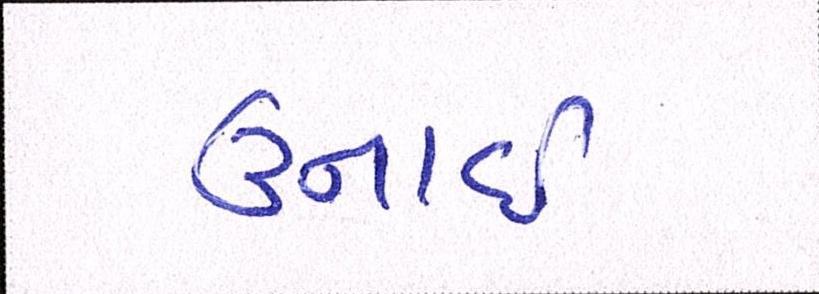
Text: ઉનાઈ